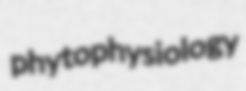
phytophysiology